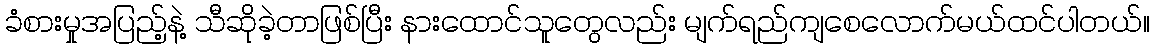
ခံစားမှုအပြည့်နဲ့ သီဆိုခဲ့တာဖြစ်ပြီး နားထောင်သူတွေလည်း မျက်ရည်ကျစေလောက်မယ်ထင်ပါတယ်။